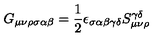
G _ { \mu \nu \rho \sigma \alpha \beta } = \frac { 1 } { 2 } \epsilon _ { \sigma \alpha \beta \gamma \delta } S _ { \mu \nu \rho } ^ { \gamma \delta }